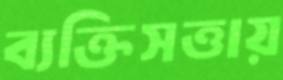
ব্যক্তিসত্তায়